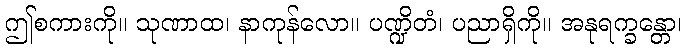
ဤစကားကို။ သုဏာထ၊ နာကုန်လော။ ပဏ္ဍိတံ၊ ပညာရှိကို။ အနုရက္ခန္တော၊